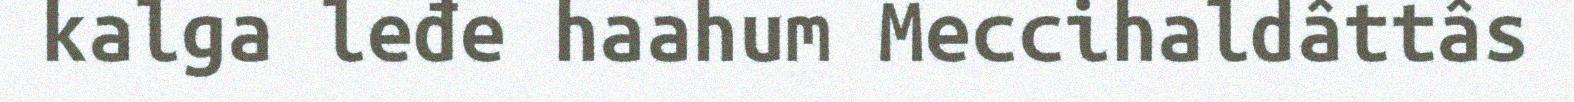
kalga leđe haahum Meccihaldâttâs